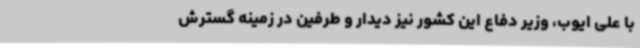
با علی ایوب، وزیر دفاع این کشور نیز دیدار و طرفین در زمینه گسترش‌